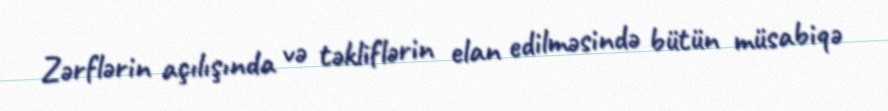
Zərflərin açılışında və təkliflərin elan edilməsində bütün müsabiqə